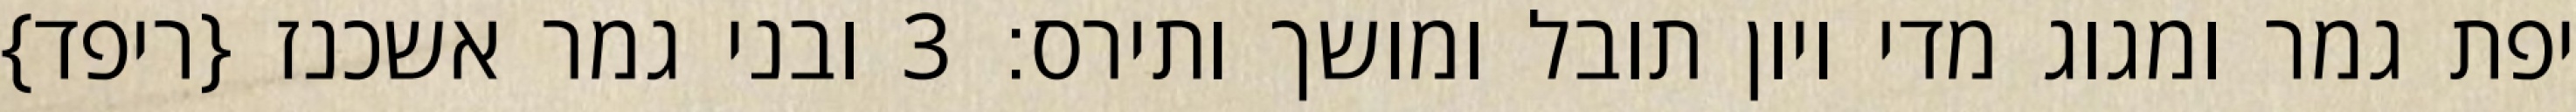
יפת גמר ומגוג מדי ויון תובל ומושך ותירס׃ ‎3‏ ובני גמר אשכנז {ריפד}